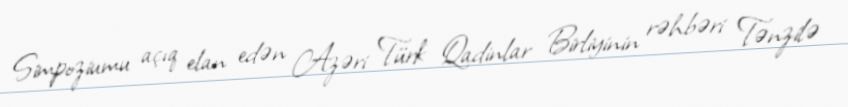
Simpoziumu açıq elan edən Azəri Türk Qadinlar Birliyinin rəhbəri Tənzilə